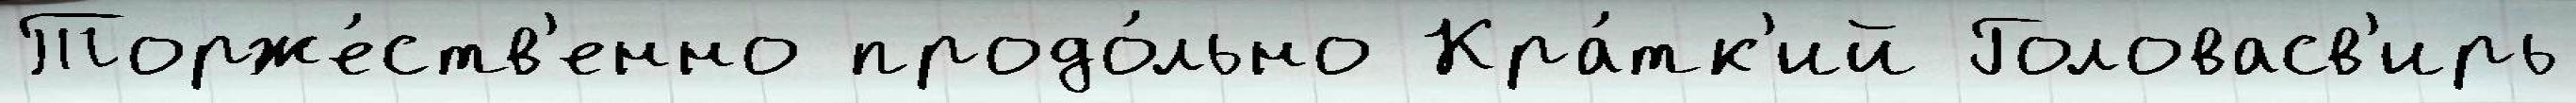
Торже́ств'енно продо́льно Кра́тк'ий Головасв'ирь